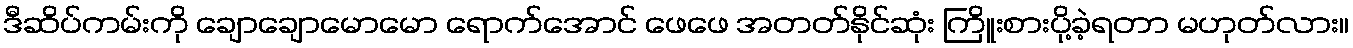
ဒီဆိပ်ကမ်းကို ချောချောမောမော ရောက်အောင် ဖေဖေ အတတ်နိုင်ဆုံး ကြိူးစားပို့ခဲ့ရတာ မဟုတ်လား။